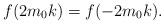
LaTeX: \begin{align*} f(2m_0k)=f(-2m_0k). \end{align*}